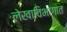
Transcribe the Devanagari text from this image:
लेखाविभागात